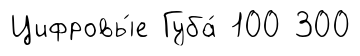
Цифровы́е Губа́ 100 300